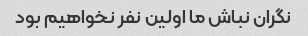
نگران نباش ما اولین نفر نخواهیم بود